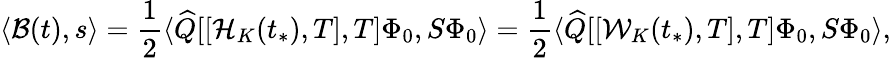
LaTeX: \langle\mathcal{B}(t),s\rangle=\frac{1}{2}\langle\widehat{Q}[[\mathcal{H}_{K}(t_{*}),T],T]\Phi_{0},S\Phi_{0}\rangle=\frac{1}{2}\langle\widehat{Q}[[\mathcal{W}_{K}(t_{*}),T],T]\Phi_{0},S\Phi_{0}\rangle,